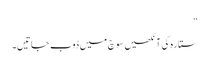
“
ستارہ کی آنکھیں سوچ میں ڈوب جاتیں۔